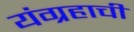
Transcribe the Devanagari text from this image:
यंग्रहाची